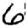
Digit: 6